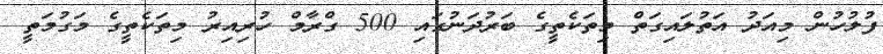
ފުލުހުން މިއަދު އަތުލައިގަތް މިތަކެތީގެ ބަރުދަނުގައި 500 ގްރާމް ހުރިއިރު މިތަކެތީގެ މަގުމަތީ